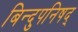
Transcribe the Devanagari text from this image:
बिन्दुपनिषद्